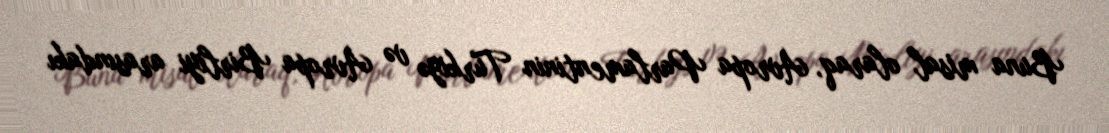
Buna misal olaraq, Avropa Parlamentinin Türkiyə və Avropa Birliyi arasındakı